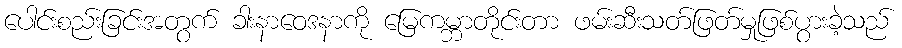
ပေါင်းစည်းခြင်းအတွက် ခါးနာဝေဒနာကို မြေကမ္ဘာတိုင်းတာ ဖမ်းဆီးသတ်ဖြတ်မှုဖြစ်ပွားခဲ့သည်